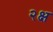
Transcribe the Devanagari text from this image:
२क्ष